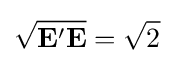
{\sqrt {\mathbf {E} '\mathbf {E} }}={\sqrt {2}}